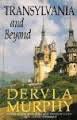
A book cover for Transylvania and beyond; Dervla MURPHY; Travel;